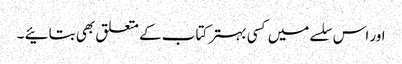
اور اس سلسے میں کسی بہتر کتاب کے متعلق بھی بتائیے ۔